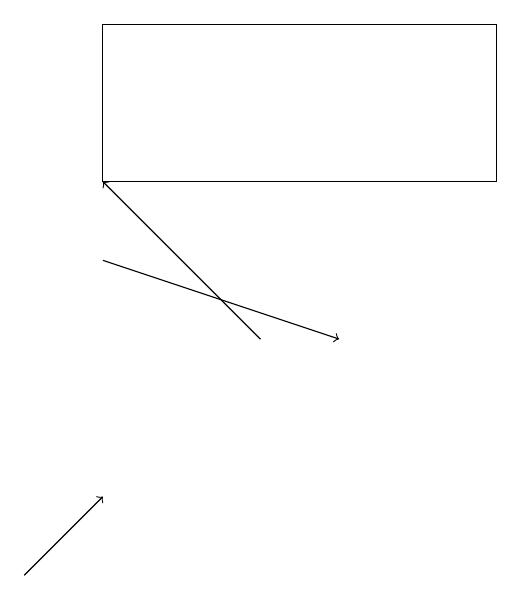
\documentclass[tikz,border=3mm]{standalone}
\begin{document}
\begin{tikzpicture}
\draw[->] (2,14) -- (5,13);
\draw[->] (1,10) -- (2,11);
\draw (7,17) rectangle (2,15);
\draw[->] (4,13) -- (2,15);
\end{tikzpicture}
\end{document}